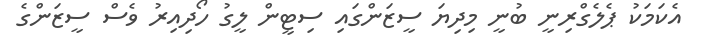
އެކަމަކު ޕެލެގްރިނީ ބުނީ މިދިޔަ ސީޒަންގައި ސިޓީން ލީގު ހޯދިއިރު ވެސް ސީޒަންގެ